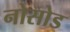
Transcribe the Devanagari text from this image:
नोसोड